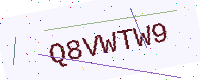
Text: Q8VWTW9